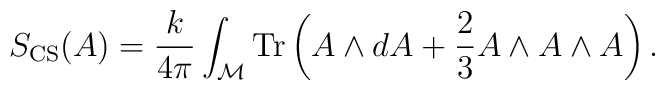
S_{\rm CS}(A) = {k\over 4\pi} \int_{\cal M}{\rm Tr}\left( A\wedge dA + {2\over 3} A\wedge A\wedge A\right).